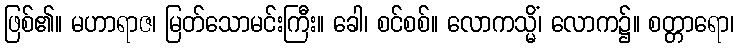
ဖြစ်၏။ မဟာရာဇ၊ မြတ်သောမင်းကြီး။ ခေါ၊ စင်စစ်။ လောကသ္မိံ၊ လောက၌။ စတ္တာရော၊